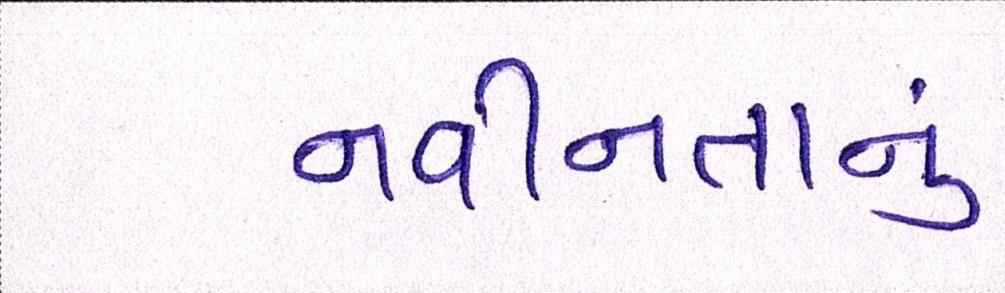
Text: નવીનતાનું